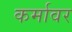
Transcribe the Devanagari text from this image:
कर्मावर